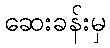
ဆေးခန်းမှ